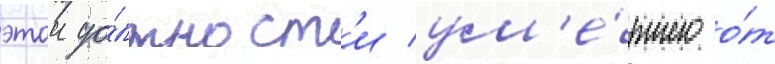
этои до́лжност'и ум'е́ршего о́т